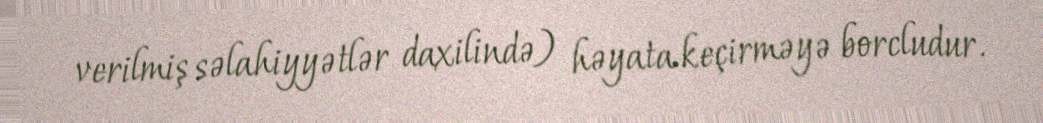
verilmiş səlahiyyətlər daxilində) həyata keçirməyə borcludur.